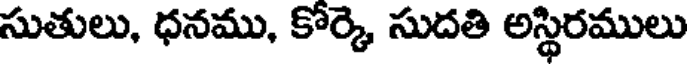
సుతులు, ధనము, కోర్కె సుదతి అస్థిరములు